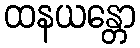
ထနယန္တော